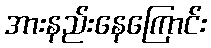
အားနည်းနေကြောင်း